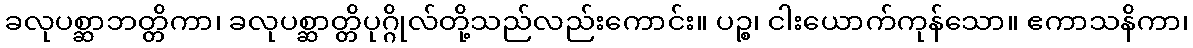
ခလုပစ္ဆာဘတ္တိကာ၊ ခလုပစ္ဆာတ္တိပုဂ္ဂိုလ်တို့သည်လည်းကောင်း။ ပဉ္စ၊ ငါးယောက်ကုန်သော။ ဧကာသနိကာ၊